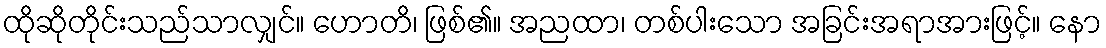
ထိုဆိုတိုင်းသည်သာလျှင်။ ဟောတိ၊ ဖြစ်၏။ အညထာ၊ တစ်ပါးသော အခြင်းအရာအားဖြင့်။ နော